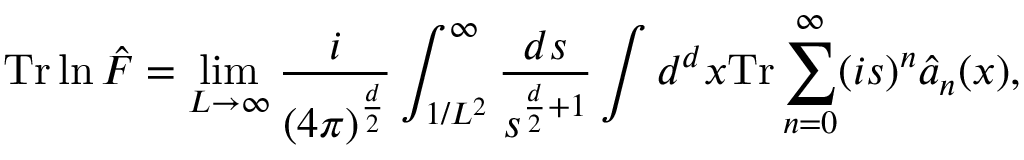
\mathrm { T r } \ln \hat { \cal F } = \operatorname * { l i m } _ { L \rightarrow \infty } \frac { i } { ( 4 \pi ) ^ { \frac { d } { 2 } } } \int _ { 1 / L ^ { 2 } } ^ { \infty } \frac { d s } { s ^ { \frac { d } { 2 } + 1 } } \int d ^ { d } x \mathrm { T r } \sum _ { n = 0 } ^ { \infty } ( i s ) ^ { n } \hat { a } _ { n } ( x ) ,